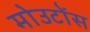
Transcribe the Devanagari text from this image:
मोउटोंस